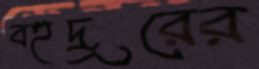
বহুদূরের